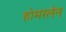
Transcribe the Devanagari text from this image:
होमरलेन